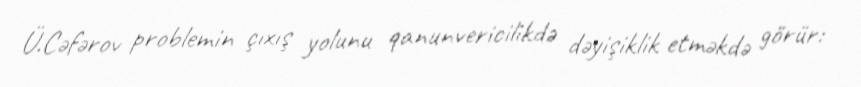
Ü.Cəfərov problemin çıxış yolunu qanunvericilikdə dəyişiklik etməkdə görür: